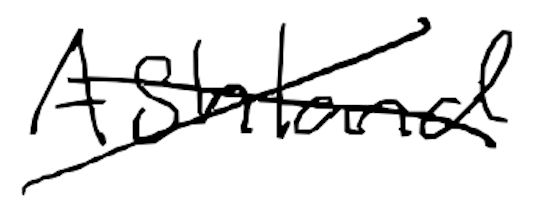
Text: Ashland
Cross-out: cross
Writing tool: digital_black